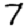
Digit: 7